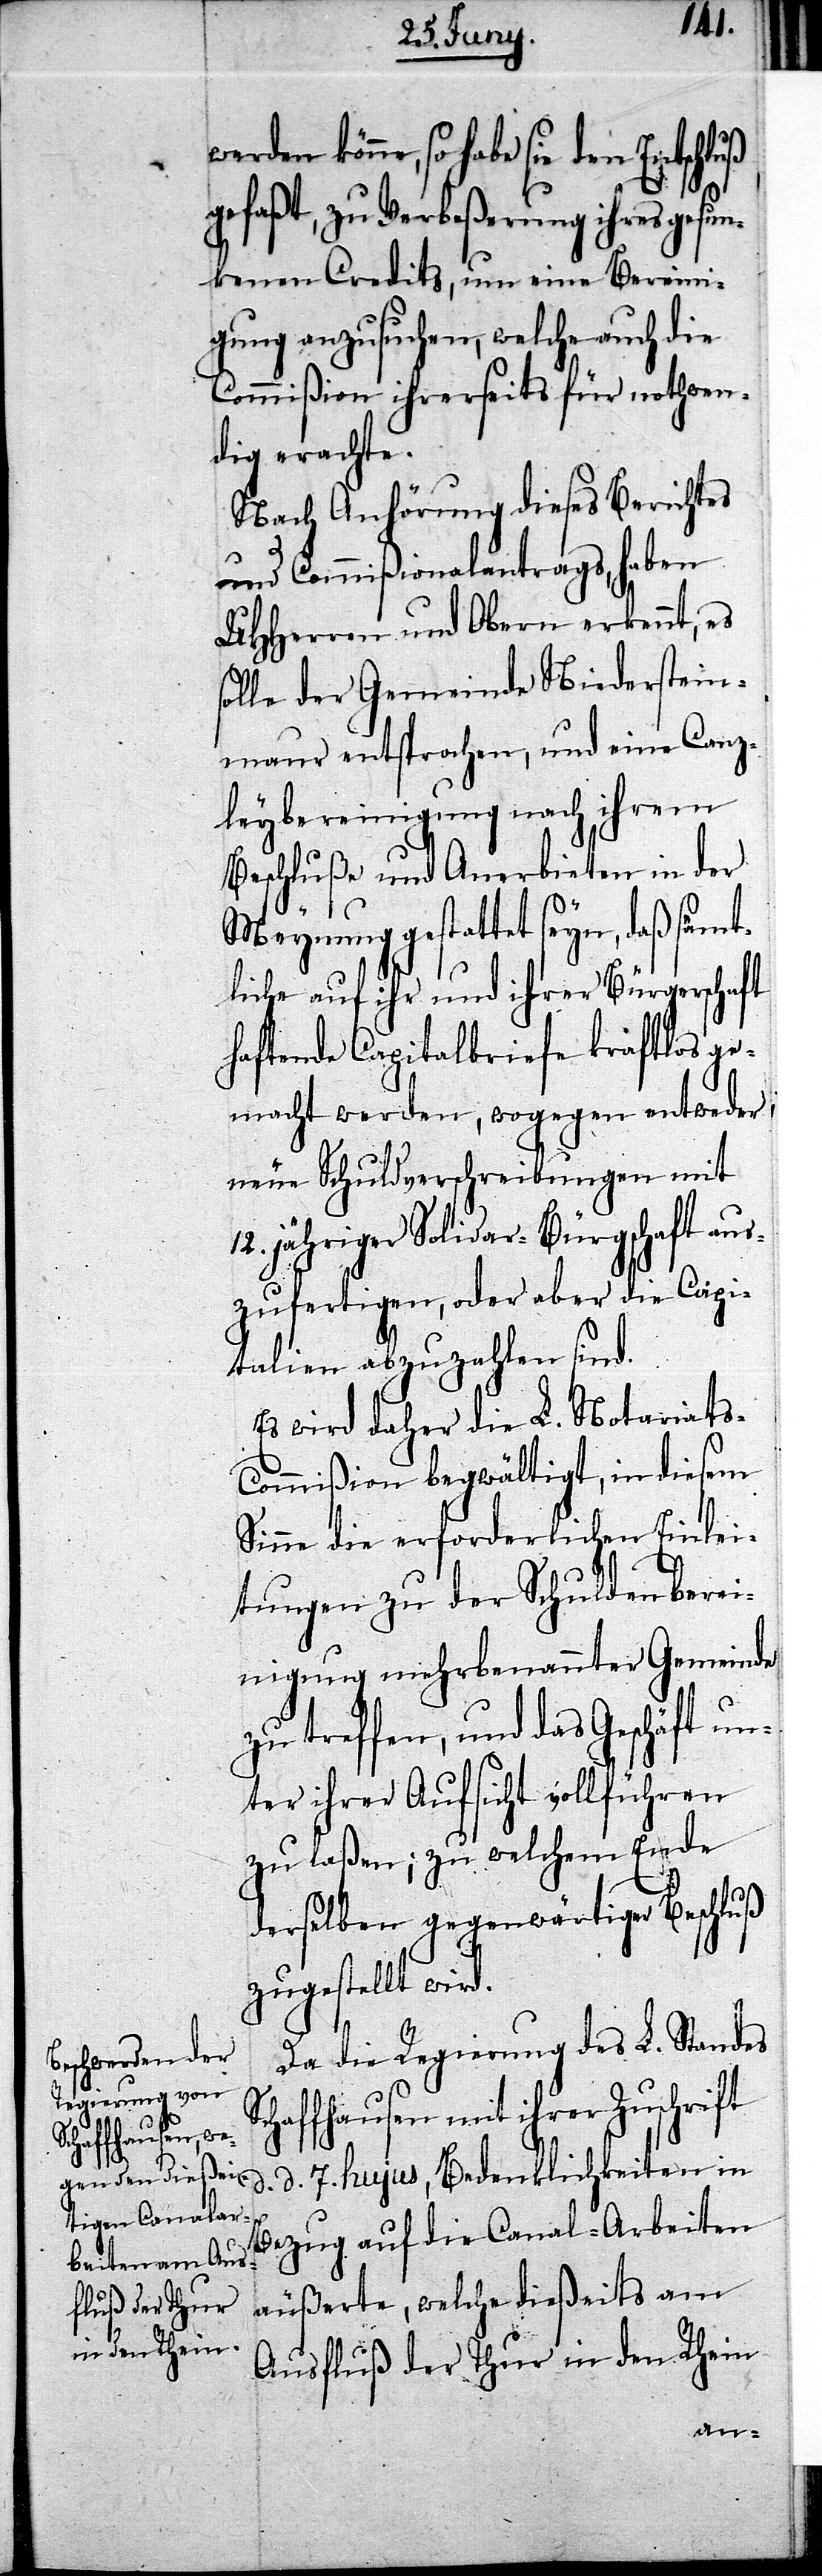
könne, so habe sie den Entschluß
gefaßt, zu Verbeßerung ihres gesun¬
kenen Credits, um eine Bereini¬
gung anzusuchen, welche auch die
Commißion ihrerseits für nothwen¬
dig erachte.
Nach Anhörung dieses Berichtes
und Commißionalantrags, haben
UHHerren und Obern erkennt, es
solle der Gemeinde Niederstein¬
maur entsprochen, und eine Canz¬
leybereinigung nach ihrem
Beschluße und Anerbieten in der
Meynung gestattet seyn, daß sämt¬
liche auf ihr und ihrer Bürgerschaft
haftende Capitalbriefe kraftlos ge¬
macht werden, wogegen entweder
neue Schuldverschreibungen mit
12. jähriger Solidar-Bürgschaft aus¬
zufertigen, oder aber die Capi¬
talien abzuzahlen sind.
Es wird daher die L. Notariat¬
s-Commißion begwältigt, in diesem
Sinne die erforderlichen Einlei¬
S¬
tungen zu der Schuldenberei¬
nigung mehrbenannter Gemeinde
zu treffen, und das Geschäft un¬
ter ihrer Aufsicht vollführen
zu laßen; zu welchem Ende
derselben gegenwärtiger Beschluß
zugestellt wird.
Da die Regierung des L. Standes
chaffhausen mit ihrer Zuschrift
d. 7. hujus, Bedenklichkeiten in
Bezug auf die Canal-Arbeiten
äußerte, welche dießeits am
Ausfluß der Thur in den Rhein